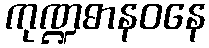
ကုဏ္ဍဓာနဝနေ